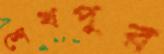
শেখপুর